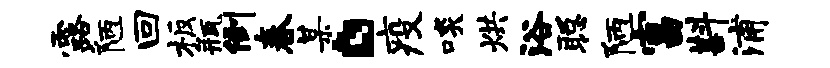
露陋回板瓶倒春某。疫啖烘浴聪陋富斟浦